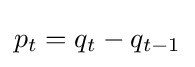
p_{t}=q_{t}-q_{t-1}